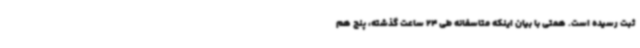
ثبت رسیده است. همتی با بیان اینکه متاسفانه طی 24 ساعت گذشته، پنج هم